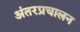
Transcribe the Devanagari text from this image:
अंतरप्रचालन